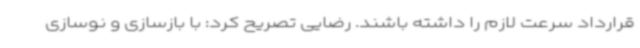
قرارداد سرعت لازم را داشته باشند. رضایی تصریح کرد: با بازسازی و نوسازی